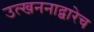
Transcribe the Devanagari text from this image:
उत्खननाद्वारेच